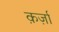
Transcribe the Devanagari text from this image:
क़र्ज़ा